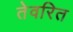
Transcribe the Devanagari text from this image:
तेवरित